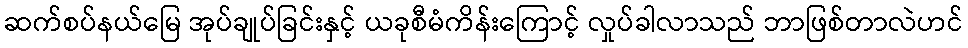
ဆက်စပ်နယ်မြေ အုပ်ချုပ်ခြင်းနှင့် ယခုစီမံကိန်းကြောင့် လှုပ်ခါလာသည် ဘာဖြစ်တာလဲဟင်